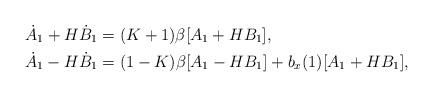
LaTeX: \begin{align*}\dot A_1 +H\dot B_1&=(K+1)\beta [A_1+HB_1], \\\dot A_1-H\dot B_1&=(1-K)\beta [A_1-HB_1]+b_x(1)[A_1+HB_1], \end{align*}